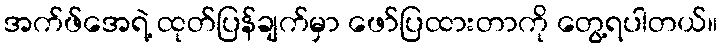
အက်ဖ်အေရဲ့ ထုတ်ပြန်ချက်မှာ ဖော်ပြထားတာကို တွေ့ရပါတယ်။